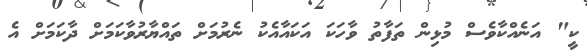
ކީ" އަނެއްކާވެސް މުޅިން ތަފާތު ވާހަކަ އަކައާއެކު ނެރުމަށް ތައްޔާރުވާކަމަށް ދާކަމަށް އެ